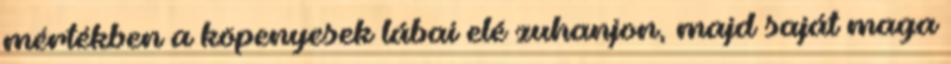
mértékben a köpenyesek lábai elé zuhanjon, majd saját maga